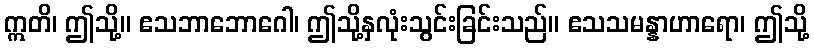
ဣတိ၊ ဤသို့။ ဧသဘာဘောဂေါ၊ ဤသို့နှလုံးသွင်းခြင်းသည်။ ဧသသမန္နာဟာရော၊ ဤသို့